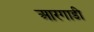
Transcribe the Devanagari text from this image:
आरगाडी